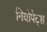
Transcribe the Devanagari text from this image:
नियोपेट्स